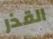
القذر